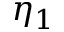
\eta _ { 1 }